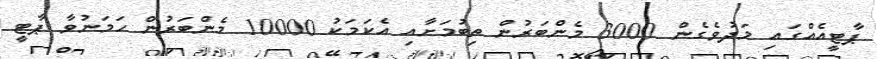
ޕާޓީއެއްގައި މަދުވެގެން 3000 މެންބަރުން ތިބުމަށާއި އެކަމަކު 10000 މެންބަރުން ހަމަނުވާ ޕާޓީ